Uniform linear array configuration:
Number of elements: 4
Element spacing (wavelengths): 0.5
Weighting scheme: binomial
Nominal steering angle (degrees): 0
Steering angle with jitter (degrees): -0.7868
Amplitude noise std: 0.05
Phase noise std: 0.05

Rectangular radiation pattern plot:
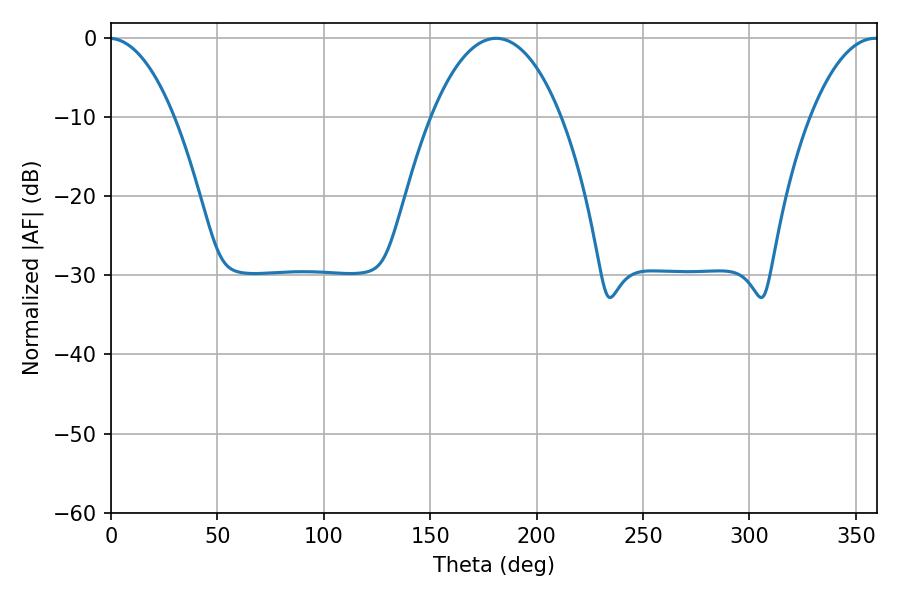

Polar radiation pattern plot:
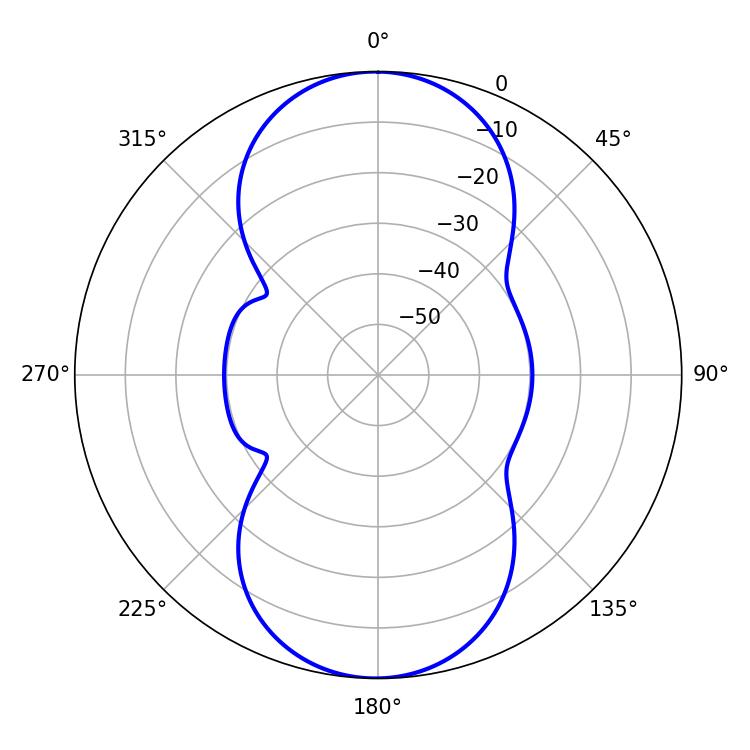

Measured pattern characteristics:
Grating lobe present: FALSE
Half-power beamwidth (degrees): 34.02
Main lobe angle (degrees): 180.9